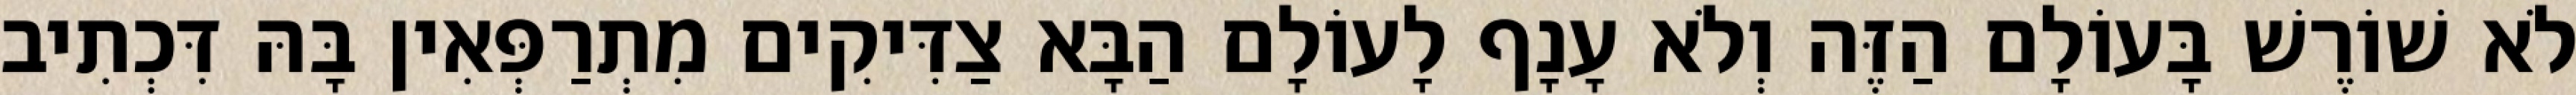
לֹא שׁוֹרֶשׁ בָּעוֹלָם הַזֶּה וְלֹא עָנָף לָעוֹלָם הַבָּא צַדִּיקִים מִתְרַפְּאִין בָּהּ דִּכְתִיב